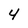
Character: 4